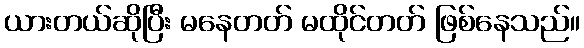
ယားတယ်ဆိုပြီး မနေတတ် မထိုင်တတ် ဖြစ်နေသည်။